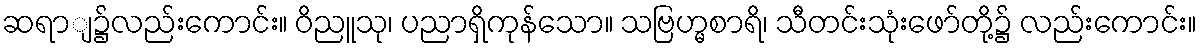
ဆရာျ၌လည်းကောင်း။ ဝိညူသု၊ ပညာရှိကုန်သော။ သဗြဟ္မစာရိ၊ သီတင်းသုံးဖော်တို့၌ လည်းကောင်း။